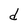
Character: d